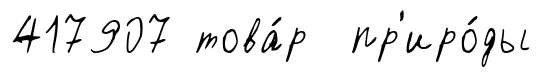
417907 това́р пр'иро́ды